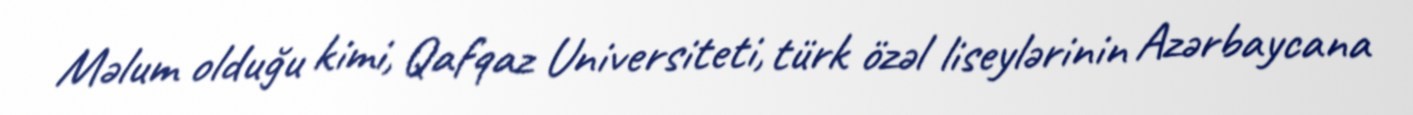
Məlum olduğu kimi, Qafqaz Universiteti, türk özəl liseylərinin Azərbaycana